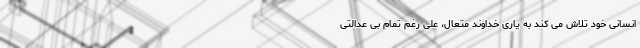
انسانی خود تلاش می کند به یاری خداوند متعال، علی رغم تمام بی عدالتی